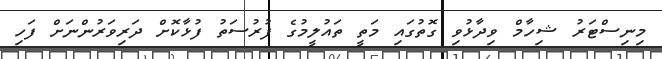
މިނިސްޓަރު ޝިހާމް ވިދާޅުވި ގޮތުގައި މަތީ ތައުލީމުގެ ފުރުސަތު ފުޅާކޮށް ދަރިވަރުންނަށް ފަހި